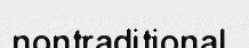
nontraditional